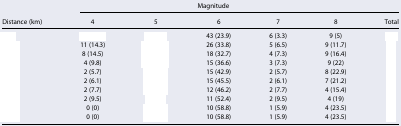
<table><thead><tr><td rowspan="2"><b>Distance (km)</b></td><td colspan="5"><b>Magnitude</b></td><td>[EMPTY_CELL]</td></tr><tr><td><b>4</b></td><td><b>5</b></td><td><b>6</b></td><td><b>7</b></td><td><b>8</b></td><td><b>Total</b></td></tr></thead><tbody><tr><td>[EMPTY_CELL]</td><td>[EMPTY_CELL]</td><td>[EMPTY_CELL]</td><td>43 (23.9)</td><td>6 (3.3)</td><td>9 (5)</td><td>[EMPTY_CELL]</td></tr><tr><td>[EMPTY_CELL]</td><td>11 (14.3)</td><td>[EMPTY_CELL]</td><td>26 (33.8)</td><td>5 (6.5)</td><td>9 (11.7)</td><td>[EMPTY_CELL]</td></tr><tr><td>[EMPTY_CELL]</td><td>8 (14.5)</td><td>[EMPTY_CELL]</td><td>18 (32.7)</td><td>4 (7.3)</td><td>9 (16.4)</td><td>[EMPTY_CELL]</td></tr><tr><td>[EMPTY_CELL]</td><td>4 (9.8)</td><td>[EMPTY_CELL]</td><td>15 (36.6)</td><td>3 (7.3)</td><td>9 (22)</td><td>[EMPTY_CELL]</td></tr><tr><td>[EMPTY_CELL]</td><td>2 (5.7)</td><td>[EMPTY_CELL]</td><td>15 (42.9)</td><td>2 (5.7)</td><td>8 (22.9)</td><td>[EMPTY_CELL]</td></tr><tr><td>[EMPTY_CELL]</td><td>2 (6.1)</td><td>[EMPTY_CELL]</td><td>15 (45.5)</td><td>2 (6.1)</td><td>7 (21.2)</td><td>[EMPTY_CELL]</td></tr><tr><td>[EMPTY_CELL]</td><td>2 (7.7)</td><td>[EMPTY_CELL]</td><td>12 (46.2)</td><td>2 (7.7)</td><td>4 (15.4)</td><td>[EMPTY_CELL]</td></tr><tr><td>[EMPTY_CELL]</td><td>2 (9.5)</td><td>[EMPTY_CELL]</td><td>11 (52.4)</td><td>2 (9.5)</td><td>4 (19)</td><td>[EMPTY_CELL]</td></tr><tr><td>[EMPTY_CELL]</td><td>0 (0)</td><td>[EMPTY_CELL]</td><td>10 (58.8)</td><td>1 (5.9)</td><td>4 (23.5)</td><td>[EMPTY_CELL]</td></tr><tr><td>[EMPTY_CELL]</td><td>0 (0)</td><td>[EMPTY_CELL]</td><td>10 (58.8)</td><td>1 (5.9)</td><td>4 (23.5)</td><td>[EMPTY_CELL]</td></tr></tbody></table>